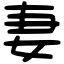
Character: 妻